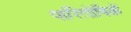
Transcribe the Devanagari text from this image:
पारितोषिकें